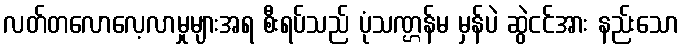
လတ်တလောလေ့လာမှုများအရ စီးရပ်သည် ပုံသဏ္ဌန်မ မှန်ပဲ ဆွဲငင်အား နည်းသော